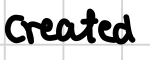
Text: created
Cross-out: clean
Writing tool: digital_black